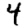
Digit: 4